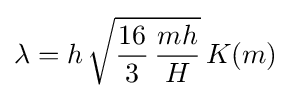
\lambda =h\,{\sqrt {{\frac {16}{3}}\,{\frac {mh}{H}}}}\,K(m)